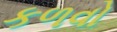
કળવો